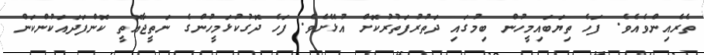
ތެރެއިންވެއެވެ. ފަހެ ތިޔަބައިމީހުން ބިމުގައި ދަތުރުފަތުރުކޮށް އުޅޭށެވެ. ފަހެ ދޮގުކުޅަމީހުންގެ ނަތީޖާއޮތީ ކޮންފަދައަކުންކަން